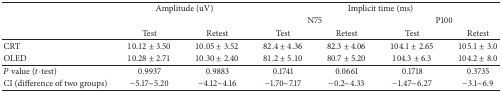
<table><thead><tr><td><b> </b></td><td colspan="2"><b>Amplitude (uV)</b></td><td colspan="4"><b>Implicit time (ms)</b></td></tr><tr><td><b> </b></td><td><b> </b></td><td><b> </b></td><td colspan="2"><b>N75</b></td><td colspan="2"><b>P100</b></td></tr><tr><td><b> </b></td><td><b>Test</b></td><td><b>Retest</b></td><td><b>Test</b></td><td><b>Retest</b></td><td><b>Test</b></td><td><b>Retest</b></td></tr></thead><tbody><tr><td>CRT</td><td>10.12 ± 3.50</td><td>10.05 ± 3.52</td><td>82.4 ± 4.36</td><td>82.3 ± 4.06</td><td>104.1 ± 2.65</td><td>105.1 ± 3.0</td></tr><tr><td>OLED</td><td>10.28 ± 2.71</td><td>10.30 ± 2.40</td><td>81.2 ± 5.10</td><td>80.7 ± 5.20</td><td>104.3 ± 6.3</td><td>104.2 ± 8.0</td></tr><tr><td><i>P</i> value (<i>t</i>-test)</td><td>0.9937</td><td>0.9883</td><td>0.1741</td><td>0.0661</td><td>0.1718</td><td>0.3735</td></tr><tr><td>CI (difference of two groups)</td><td>−5.17~5.20</td><td>−4.12~4.16</td><td>−1.70~7.17</td><td>−0.2~4.33</td><td>−1.47~6.27</td><td>−3.1~6.9</td></tr></tbody></table>